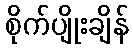
စိုက်ပျိုးချိန်